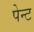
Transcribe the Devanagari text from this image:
पेन्‍ट